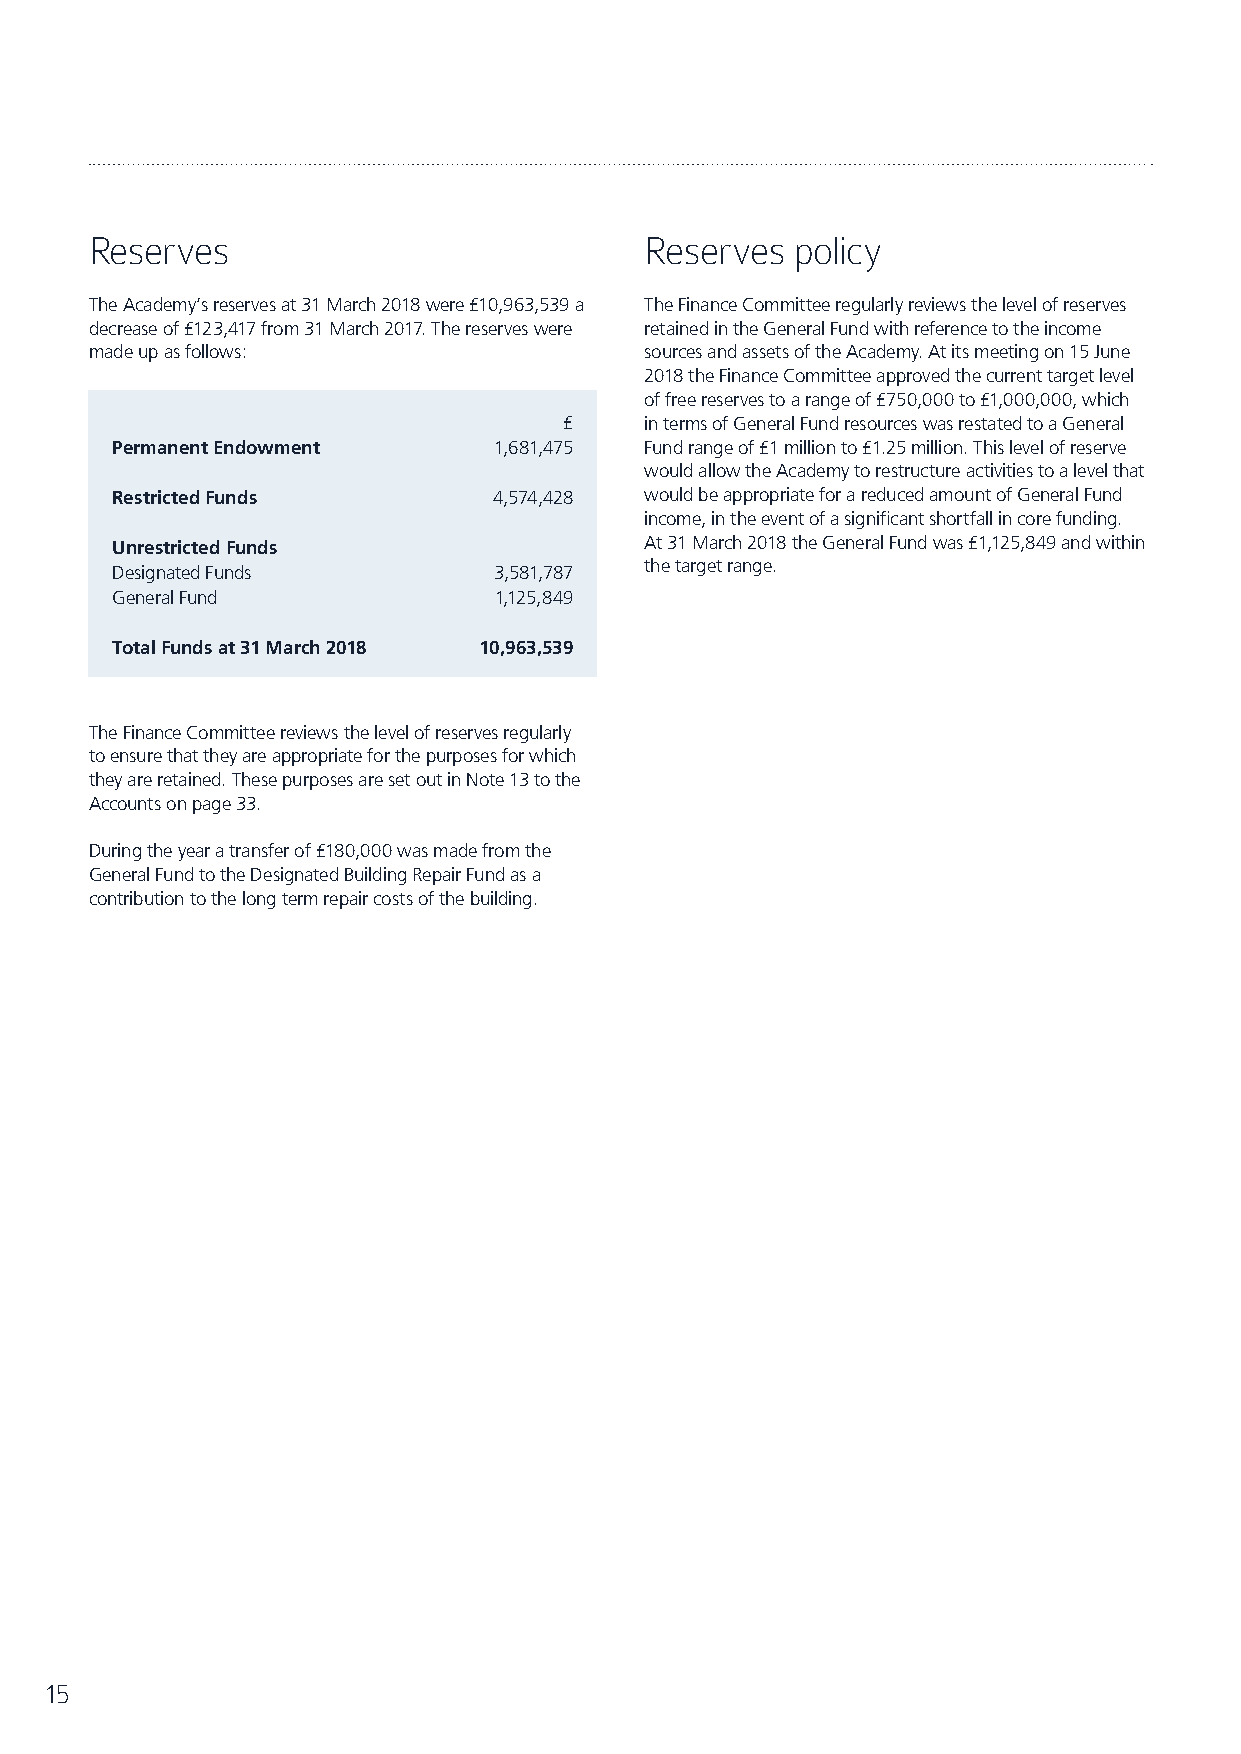
Reserves                             Reserves  policy
 The Academy’s reserves at 31 March 2018 were £10,963,539 a The Finance Committee regularly reviews the level of reserves
 decrease of £123,417 from 31 March 2017. The reserves were retained in the General Fund with reference to the income
 made up as follows:                  sources and assets of the Academy. At its meeting on 15 June
 2018 the Finance Committee approved the current target level
 of free reserves to a range of £750,000 to £1,000,000, which
 £     in terms of General Fund resources was restated to a General
 Permanent Endowment       1,681,475 Fund range of £1 million to £1.25 million. This level of reserve
 would allow the Academy to restructure activities to a level that
 Restricted Funds          4,574,428 would be appropriate for a reduced amount of General Fund
 income, in the event of a significant shortfall in core funding.
 Unrestricted Funds                  At 31 March 2018 the General Fund was £1,125,849 and within
 the target range.
 Designated Funds          3,581,787
 General Fund              1,125,849
 Total Funds at 31 March 2018 10,963,539
 The Finance Committee reviews the level of reserves regularly
 to ensure that they are appropriate for the purposes for which
 they are retained. These purposes are set out in Note 13 to the
 Accounts on page 33.
 During the year a transfer of £180,000 was made from the
 General Fund to the Designated Building Repair Fund as a
 contribution to the long term repair costs of the building.
 15